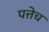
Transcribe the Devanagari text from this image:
पत्तेच